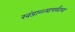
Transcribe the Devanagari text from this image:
खंडाळ्यापर्यंतचा